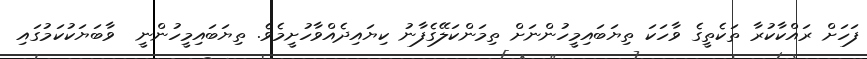
ފަހަށް ރައްކާކުރާ ތަކެތީގެ ވާހަކަ ތިޔަބައިމީހުންނަށް ތިމަންކަލޭގެފާނު ކިޔައިދެއްވާހުށީމެވެ. ތިޔަބައިމީހުންނީ  ވާބަޔަކުކަމުގައި